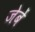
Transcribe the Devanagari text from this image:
जेबें